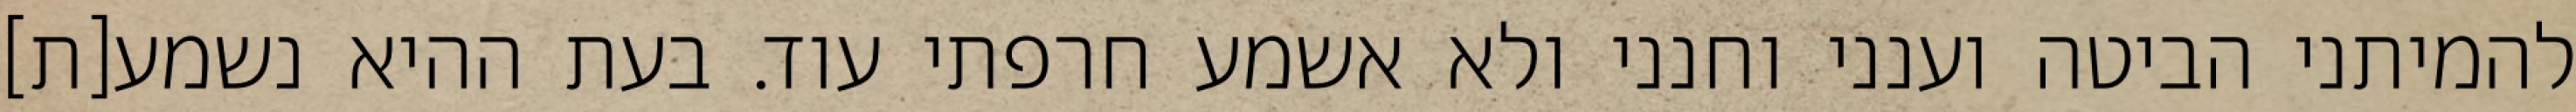
להמיתני הביטה וענני וחנני ולא אשמע חרפתי עוד. בעת ההיא נשמע[ת]